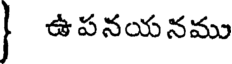
| ఉపనయనము